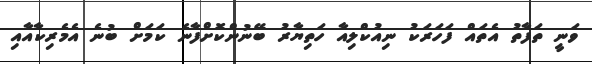
ވަނީ ތަފާތު އެތައް ފަަހަރަކު ނިއުކްލިއާ ހަތިޔާރު ބޭނުންކޮށްފާނެ ކަމަށް ބުނެ އެމެރިކާާާއާއި